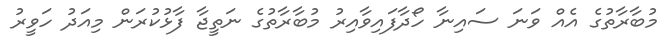
މުބާރާތުގެ އެއް ވަނަ ސައިނާ ހޯދާފައިވާއިރު މުބާރާތުގެ ނަތީޖާ ފާޅުކުރަން މިއަދު ހަވީރު